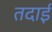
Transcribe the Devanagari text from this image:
तदाई